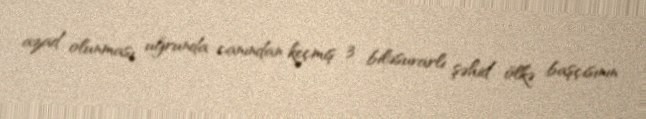
azad olunması uğrunda canından keçmiş 3 biləsuvarlı şəhid ölkə başçısının